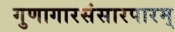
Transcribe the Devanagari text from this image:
गुणागारसंसारपारम्